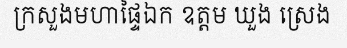
ក្រសួងមហាផ្ទៃឯក ឧត្តម ឃួង ស្រេង